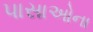
પાસાઓના